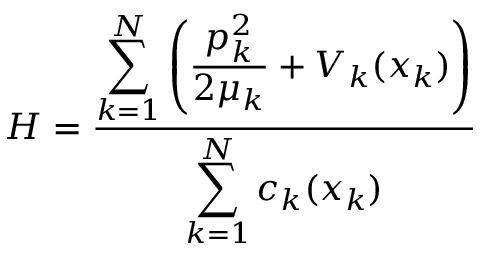
H = \frac { \displaystyle \sum _ { k = 1 } ^ { N } \left( \frac { p _ { k } ^ { 2 } } { 2 \mu _ { k } } + V _ { k } ( x _ { k } ) \right) } { \displaystyle \sum _ { k = 1 } ^ { N } c _ { k } ( x _ { k } ) }